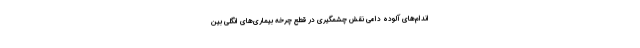
اندام‌های آلوده دامی نقش چشمگیری در قطع چرخه بیماری‌های انگلی بین